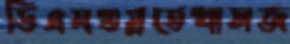
ডিএমগুম্‌রতেখাসজ